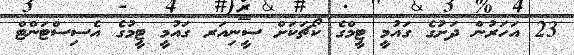
23 އަހަރުން ދަށުގެ ގައުމީ ޓީމްގެ ކޯޗަކަށް ސީނިއަރ ގައުމީ ޓީމުގެ އެސިސްޓަންޓް